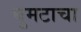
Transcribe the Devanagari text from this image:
घुमटाचा